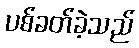
ပစ်ခတ်ခဲ့သည်